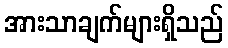
အားသာချက်များရှိသည်